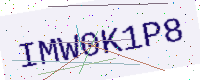
Text: IMW0K1P8